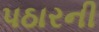
પઠારની